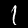
Digit: 1